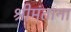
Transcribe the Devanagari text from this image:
श्रीमंताना